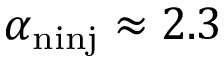
\alpha _ { \mathrm { n { i n j } } } \approx 2 . 3